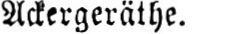
Ackergeräthe.